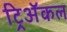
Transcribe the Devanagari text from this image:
ट्रिअॅकल